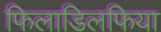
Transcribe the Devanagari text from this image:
फिलाडिलफिया